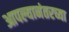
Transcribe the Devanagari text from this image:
आपल्यानंतरच्या